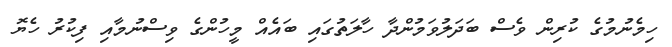
ހިމެނުމުގެ ކުރިން ވެސް ބަދަލުވަމުންދާ ހާލަތުގައި ބައެއް މީހުންގެ ވިސްނުމާއި ފިކުރު ހެޔޮ